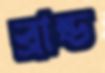
ব্রান্ড